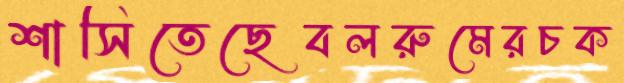
শাসিতেছেবলরুমেরচক